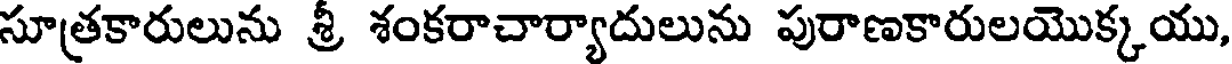
సూత్రకారులును శ్రీ శంకరాచార్యాదులును పురాణకారులయొక్కయు,